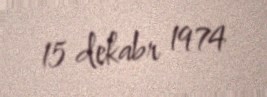
15 dekabr 1974